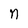
Character: n